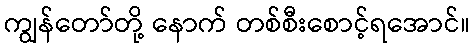
ကျွန်တော်တို့ နောက် တစ်စီးစောင့်ရအောင်။